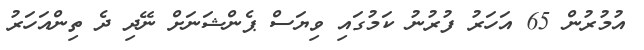
އުމުރުން 65 އަހަރު ފުރުނު ކަމުގައި ވިޔަސް ޕެންޝަނަށް ނޭދި ދެ ތިންއަހަރު